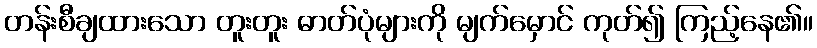
တန်းစီချထားသော တူးတူး ဓာတ်ပုံများကို မျက်မှောင် ကုတ်၍ ကြည့်နေ၏။